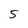
Character: 5